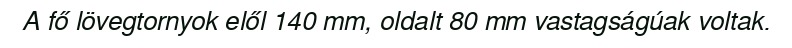
A fő lövegtornyok elől 140 mm, oldalt 80 mm vastagságúak voltak.